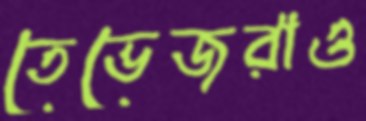
তেভেজরাও